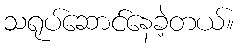
သရုပ်ဆောင်နေခဲ့တယ်။